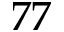
^ Ḋ 7 7 Ḍ